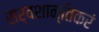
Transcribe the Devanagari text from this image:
सर्वशान्तिकरं